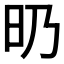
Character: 𣅅